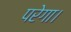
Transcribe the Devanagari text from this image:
परेगा।